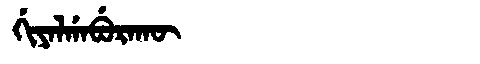
Manchu: ᡤᡳᠶᠠᠯᡤᠠᠪᡠᡵᠠᡴᡡ
Romanization: GIYALGABURAKŪ